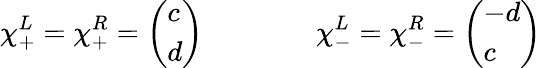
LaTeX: \chi_{+}^{L}=\chi_{+}^{R}=\left(\begin{array}{l}{{c}}\\ {{d}}\end{array}\right)\qquad\qquad\chi_{-}^{L}=\chi_{-}^{R}=\left(\begin{array}{l}{{-d}}\\ {{c}}\end{array}\right)